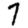
Digit: 7